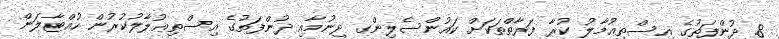
8. ދުންފަތުގެ އިސްތިޢުމާލު ކުރާ ފަރާތްތަކަށް ކައުންސެލިންގ ދިނުމާއި ދުންފަތުގެ އިސްތިޢުލާލުކުރުން ހުއްޓާލަން